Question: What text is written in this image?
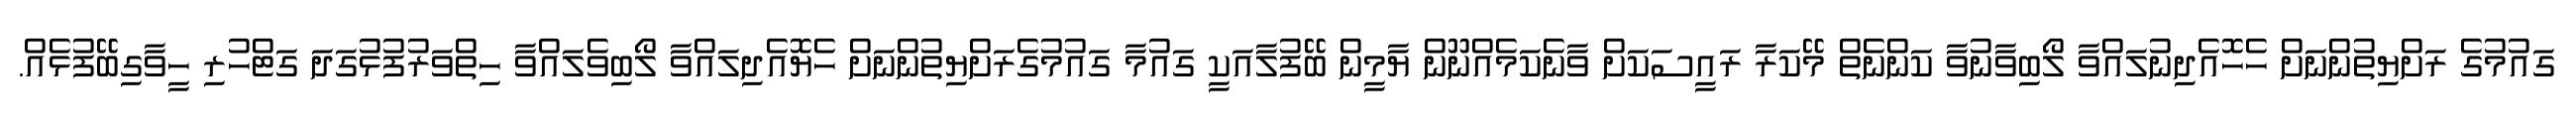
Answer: ގައުމުގެ ރަށްޔިތުންނަށް ހެހޮއެދިނުލައްވާ ލޯބިވާނުވާ ކަންނެތް މޭކަރާ ރައީސަކަށް ވާނެކަމެއްނޫން ޔާމީން ބޭފުލާއަކީ ގައުމާ ގައުމުގެރަށްޔިތުންނަށް ހެޔޮއެދިލައްވާ ލޯބިވެލައްވާ ހިތްވަރުފުޅުގަދަ ގަޓްހުރި ހީވާގިބޭފުޅެއް.